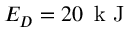
E _ { D } = 2 0 \, \mathrm { ~ k ~ J ~ }